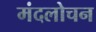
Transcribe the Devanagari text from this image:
मंदलोचन